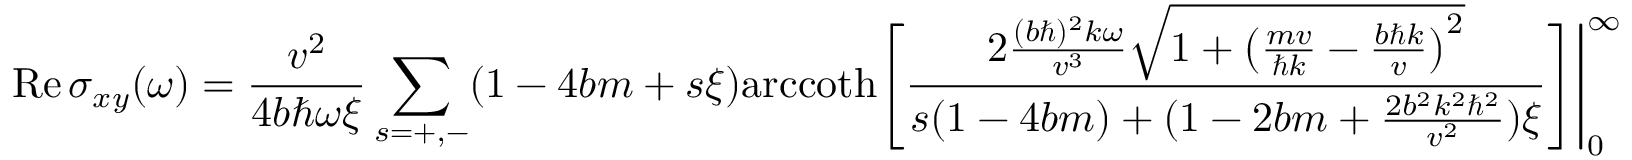
\mathrm { R e } \, \sigma _ { x y } ( \omega ) = \frac { v ^ { 2 } } { 4 b \hbar \omega \xi } \sum _ { s = + , - } ( 1 - 4 b m + s \xi ) \mathrm { a r c c o t h } \Bigg [ \frac { 2 \frac { ( b \hbar ) ^ { 2 } k \omega } { v ^ { 3 } } \sqrt { 1 + \big ( \frac { m v } { \hbar k } - \frac { b \hbar k } { v } \big ) ^ { 2 } } } { s ( 1 - 4 b m ) + ( 1 - 2 b m + \frac { 2 b ^ { 2 } k ^ { 2 } \hbar ^ { 2 } } { v ^ { 2 } } ) \xi } \Bigg ] \Bigg | _ { 0 } ^ { \infty }